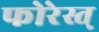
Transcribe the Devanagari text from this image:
फोरेस्त्